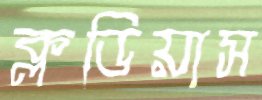
ক্লডিয়াস